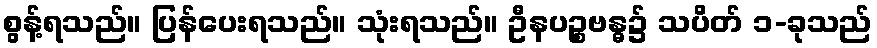
စွန့်ရသည်။ ပြန်ပေးရသည်။ သုံးရသည်။ ဦနပဉ္စဗန္ဓ၌ သပိတ် ၁-ခုသည်